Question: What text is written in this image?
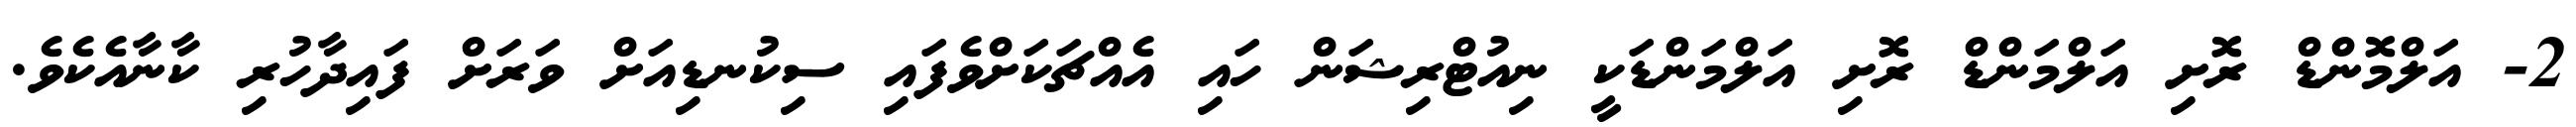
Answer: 2- އަލްމޮންޑް ރޮށި އަލްމަންޑް ރޮށި އަލްމަންޑަކީ ނިއުޓްރިޝަން ހައި އެއްޗަކަށްވެފައި ސިކުނޑިއަށް ވަރަށް ފައިދާހުރި ކާނާއެކެވެ.